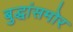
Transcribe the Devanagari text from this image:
बुद्धांसमोर